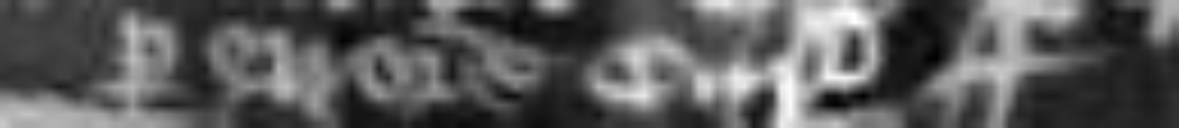
per errorem curie